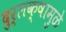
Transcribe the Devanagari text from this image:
दुर्लक्षामुळे